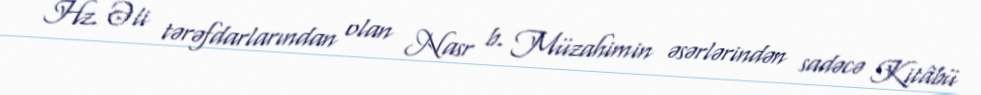
Hz. Əli tərəfdarlarından olan Nasr b. Müzahimin əsərlərindən sadəcə Kitâbü